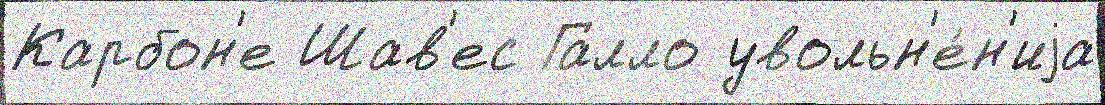
Карбон'е Шав'ес Галло увольн'е́н'иjа